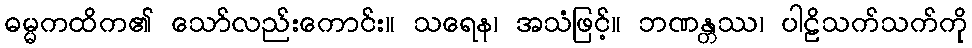
ဓမ္မကထိက၏ သော်လည်းကောင်း။ သရေန၊ အသံဖြင့်။ ဘဏန္တဿ၊ ပါဠိသက်သက်ကို